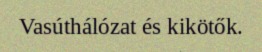
Vasúthálózat és kikötők.